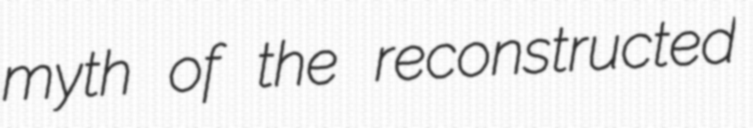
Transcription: myth of the reconstructed